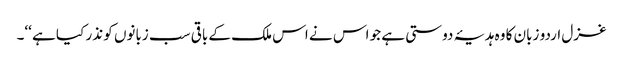
غزل اردو زبان کا وہ ہدیۂ دوستی ہے جو اس نے اس ملک کے باقی سب زبانوں کو نذر کیا ہے ‘‘۔